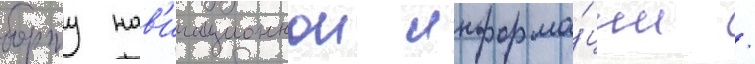
борту нав'игационнои информа́ции /